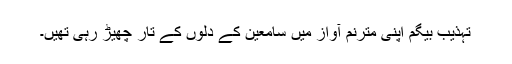
تہذیب بیگم اپنی مترنم آواز میں سامعین کے دلوں کے تار چھیڑ رہی تھیں۔